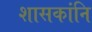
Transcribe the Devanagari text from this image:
शासकांनि